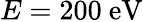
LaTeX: E=200~\mathrm{eV}